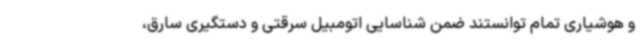
و هوشیاری تمام توانستند ضمن شناسایی اتومبیل سرقتی و دستگیری سارق،